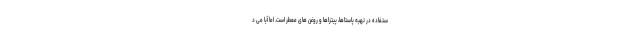
ستفاده در تهیه پاستاها، پیتزاها و روغن های معطر است. اما آیا می د